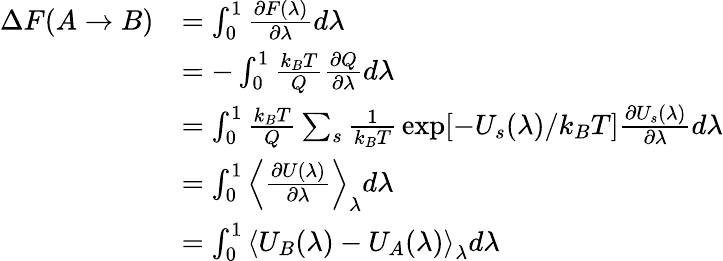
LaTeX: {\begin{array}{rl}{\Delta F(A\rightarrow B)}&{=\int_{0}^{1}{\frac{\partial F(\lambda)}{\partial\lambda}}d\lambda}\\ &{=-\int_{0}^{1}{\frac{k_{B}T}{Q}}{\frac{\partial Q}{\partial\lambda}}d\lambda}\\ &{=\int_{0}^{1}{\frac{k_{B}T}{Q}}\sum_{s}{\frac{1}{k_{B}T}}\exp[-U_{s}(\lambda)/k_{B}T]{\frac{\partial U_{s}(\lambda)}{\partial\lambda}}d\lambda}\\ &{=\int_{0}^{1}\left\langle{\frac{\partial U(\lambda)}{\partial\lambda}}\right\rangle_{\lambda}d\lambda}\\ &{=\int_{0}^{1}\left\langle U_{B}(\lambda)-U_{A}(\lambda)\right\rangle_{\lambda}d\lambda}\end{array}}